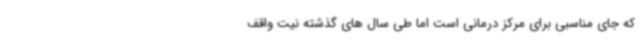
که جای مناسبی برای مرکز درمانی است اما طی سال های گذشته نیت واقف